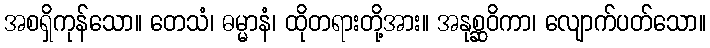
အစရှိကုန်သော။ တေသံ၊ ဓမ္မာနံ၊ ထိုတရားတို့အား။ အနုစ္ဆဝိကာ၊ လျောက်ပတ်သော။